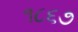
૧૮૬૭